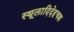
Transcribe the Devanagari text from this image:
स्थूलादिदेहचक्र